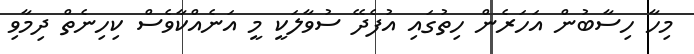
މިހާ ހިސާބުން އަހަރެން ހިތުގައި އުފެދޭ ސުވާލަކީ މީ އަނެއްކާވެސް ކިހިނެތް ދިމާވި